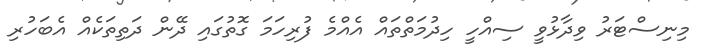
މިނިސްޓަރު ވިދާޅުވީ ސިއްހީ ހިދުމަތްތައް އެއްމެ ފުރިހަމަ ގޮތުގައި ދޭން ދަތިތަކެއް އެބަހުރި